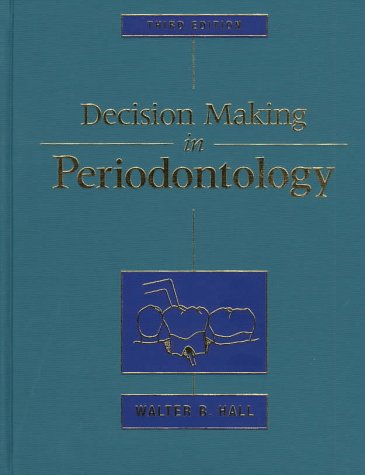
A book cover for Decision Making In Periodontology, 3e; Walter B. Hall AB  DDS  MSD; Medical Books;